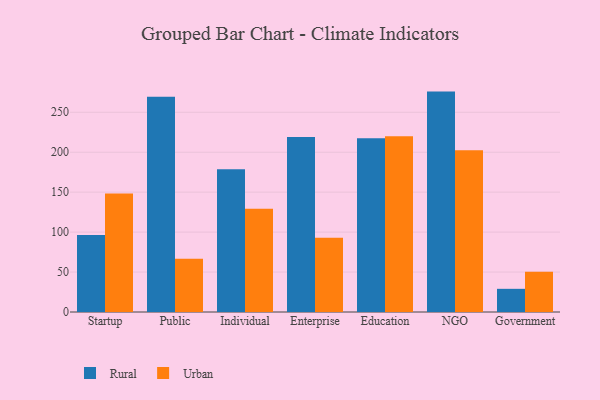
{"axis": {"x": "Segment", "y": "Demand Index"}, "legend": ["Rural", "Urban"], "data": [{"x": "Startup", "y": 96.5, "type": "Rural"}, {"x": "Startup", "y": 148.4, "type": "Urban"}, {"x": "Public", "y": 269.4, "type": "Rural"}, {"x": "Public", "y": 66.8, "type": "Urban"}, {"x": "Individual", "y": 178.7, "type": "Rural"}, {"x": "Individual", "y": 129.2, "type": "Urban"}, {"x": "Enterprise", "y": 219.0, "type": "Rural"}, {"x": "Enterprise", "y": 93.1, "type": "Urban"}, {"x": "Education", "y": 217.6, "type": "Rural"}, {"x": "Education", "y": 220.0, "type": "Urban"}, {"x": "NGO", "y": 275.9, "type": "Rural"}, {"x": "NGO", "y": 202.5, "type": "Urban"}, {"x": "Government", "y": 29.0, "type": "Rural"}, {"x": "Government", "y": 50.3, "type": "Urban"}]}